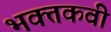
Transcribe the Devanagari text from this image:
भक्तकवी